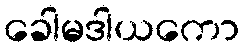
ခေါမဒါယကော